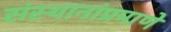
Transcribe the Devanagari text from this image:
संस्थानांप्रमाणे